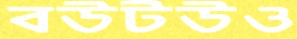
বউটউও